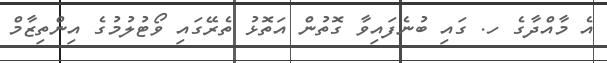
އެ މާއްދާގެ ހ. ގައި ބުނެފައިވާ ގޮތުން އަތޮޅު ތެރޭގައި ވޯޓުލުމުގެ އިންތިޒާމް